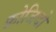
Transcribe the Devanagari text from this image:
फ्रोजिदो